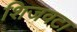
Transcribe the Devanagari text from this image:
शिजवटा